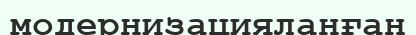
модернизацияланған